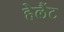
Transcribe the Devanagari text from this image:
हेलैंट